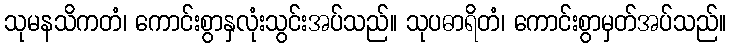
သုမနသိကတံ၊ ကောင်းစွာနှလုံးသွင်းအပ်သည်။ သုပဓာရိတံ၊ ကောင်းစွာမှတ်အပ်သည်။